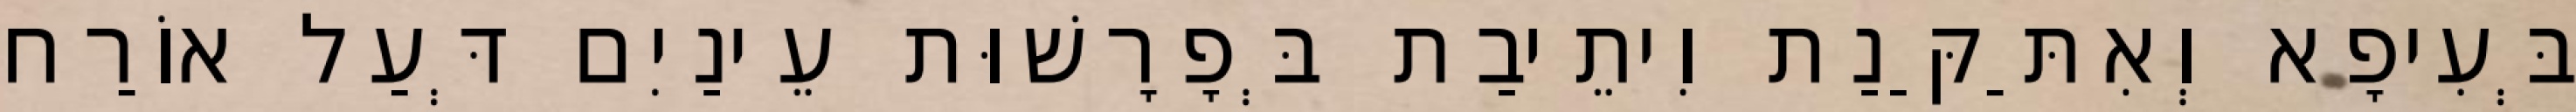
בְּעִיפָא וְאִתַּקַּנַת וִיתֵיבַת בְּפָרָשׁוּת עֵינַיִם דְּעַל אוֹרַח